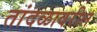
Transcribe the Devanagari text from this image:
तांदळावरील